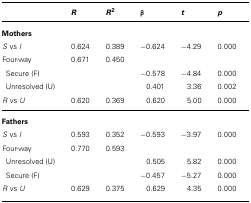
<table><thead><tr><td></td><td><b><i>R</i></b></td><td><b><i>R</i><sup>2</sup></b></td><td><b>β</b></td><td><b><i>t</i></b></td><td><b><i>p</i></b></td></tr></thead><tbody><tr><td colspan="6"><b>Mothers</b></td></tr><tr><td><i>S</i> vs <i>I</i></td><td>0.624</td><td>0.389</td><td>-0.624</td><td>-4.29</td><td>0.000</td></tr><tr><td>Four-way</td><td>0.671</td><td>0.450</td><td></td><td></td><td></td></tr><tr><td> Secure (F)</td><td></td><td></td><td>-0.578</td><td>-4.84</td><td>0.000</td></tr><tr><td> Unresolved (U)</td><td></td><td></td><td>0.401</td><td>3.36</td><td>0.002</td></tr><tr><td><i>R</i> vs <i>U</i></td><td>0.620</td><td>0.369</td><td>0.620</td><td>5.00</td><td>0.000</td></tr><tr><td colspan="6"><b>Fathers</b></td></tr><tr><td><i>S</i> vs <i>I</i></td><td>0.593</td><td>0.352</td><td>-0.593</td><td>-3.97</td><td>0.000</td></tr><tr><td>Four-way</td><td>0.770</td><td>0.593</td><td></td><td></td><td></td></tr><tr><td> Unresolved (U)</td><td></td><td></td><td>0.505</td><td>5.82</td><td>0.000</td></tr><tr><td> Secure (F)</td><td></td><td></td><td>-0.457</td><td>-5.27</td><td>0.000</td></tr><tr><td><i>R</i> vs <i>U</i></td><td>0.629</td><td>0.375</td><td>0.629</td><td>4.35</td><td>0.000</td></tr></tbody></table>